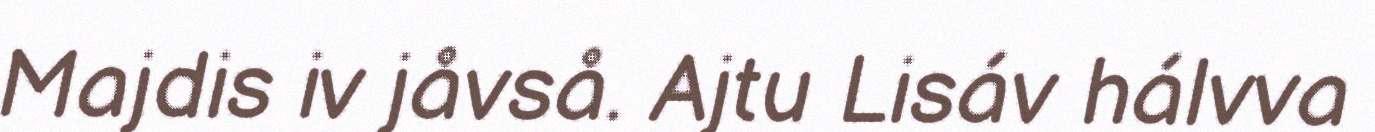
Majdis iv jåvså. Ajtu Lisáv hálvva